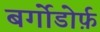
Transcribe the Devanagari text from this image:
बर्गोडोर्फ़